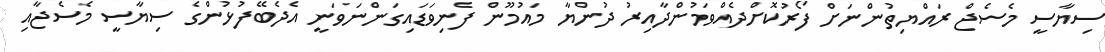
ސިޔާސީ މެސެޖް ރައްޔިތުންނަށް ފޯރުކޮށްދެއްވަމުންދާއިރު ދުންޔާ މައުމޫން ފެނިވަޑައިގަންނަވަނީ އެދެބޭފުޅުންގެ ސިޔާސީ މެސެޖާއި